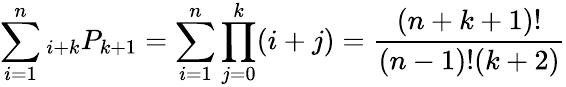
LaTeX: \sum_{i=1}^{n}{}_{i+k}P_{k+1}=\sum_{i=1}^{n}\prod_{j=0}^{k}(i+j)={\frac{(n+k+1)!}{(n-1)!(k+2)}}